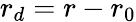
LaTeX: r_{d}=r-r_{0}